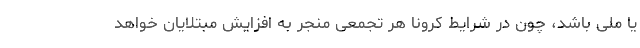
یا ملی باشد، چون در شرایط کرونا هر تجمعی منجر به افزایش مبتلایان خواهد